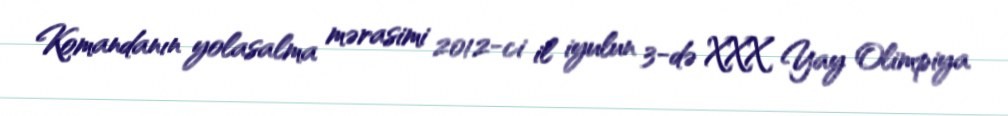
Komandanın yolasalma mərasimi 2012-ci il iyulun 3-də XXX Yay Olimpiya